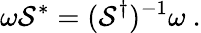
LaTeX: \omega\mathcal{S}^{*}=(\mathcal{S}^{\dagger})^{-1}\omega~.